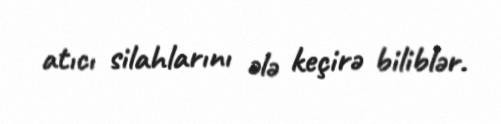
atıcı silahlarını ələ keçirə biliblər.